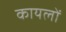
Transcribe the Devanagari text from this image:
कायलों